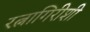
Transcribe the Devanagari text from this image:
रत्नागिरीशी